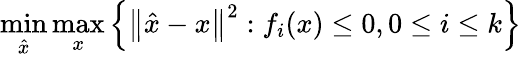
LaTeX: \operatorname*{min}_{\hat{x}}\operatorname*{max}_{x}\left\{ \left\| {\hat{x}}-x\right\| ^{2}:f_{i}(x)\leq 0,0\leq i\leq k\right\}